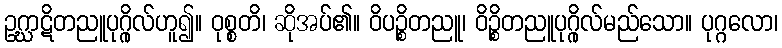
ဥဂ္ဃာဋိတညူပုဂ္ဂိုလ်ဟူ၍။ ဝုစ္စတိ၊ ဆိုအပ်၏။ ဝိပဉ္စိတညူ၊ ဝိဉ္စိတညူပုဂ္ဂိုလ်မည်သော။ ပုဂ္ဂလော၊